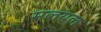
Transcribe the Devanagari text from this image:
मलयल